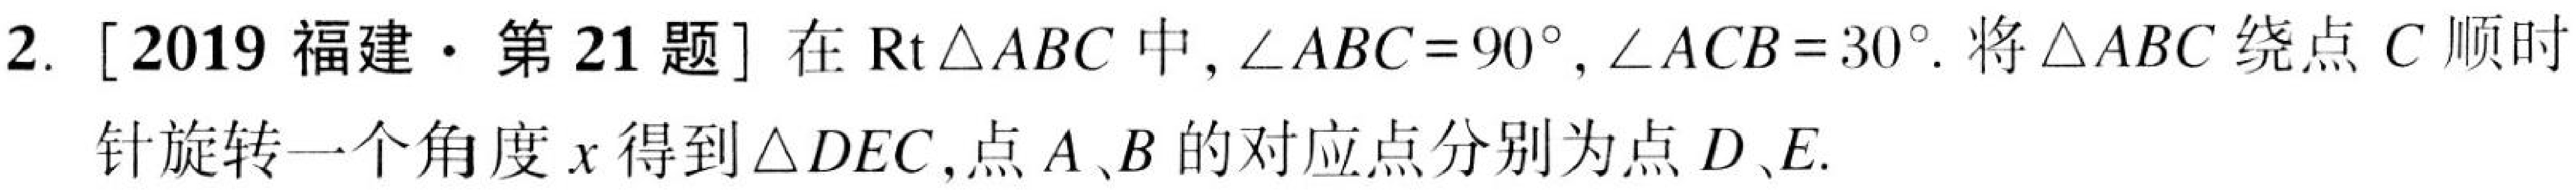
2. [2019福建·第21题] 在\(\text{Rt}\triangle ABC\)中，\(\angle ABC = 90^{\circ}\)，\(\angle ACB = 30^{\circ}\). 将\(\triangle ABC\)绕点\(C\)顺时针旋转一个角度\(x\)得到\(\triangle DEC\)，点\(A\)、\(B\)的对应点分别为点\(D\)、\(E\).